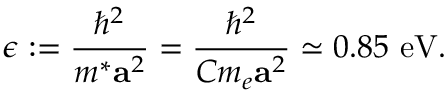
\epsilon : = \frac { \hbar ^ { 2 } } { m ^ { \ast } \mathbf { a } ^ { 2 } } = \frac { \hbar ^ { 2 } } { C m _ { e } \mathbf { a } ^ { 2 } } \simeq 0 . 8 5 \ \mathrm { e V } .